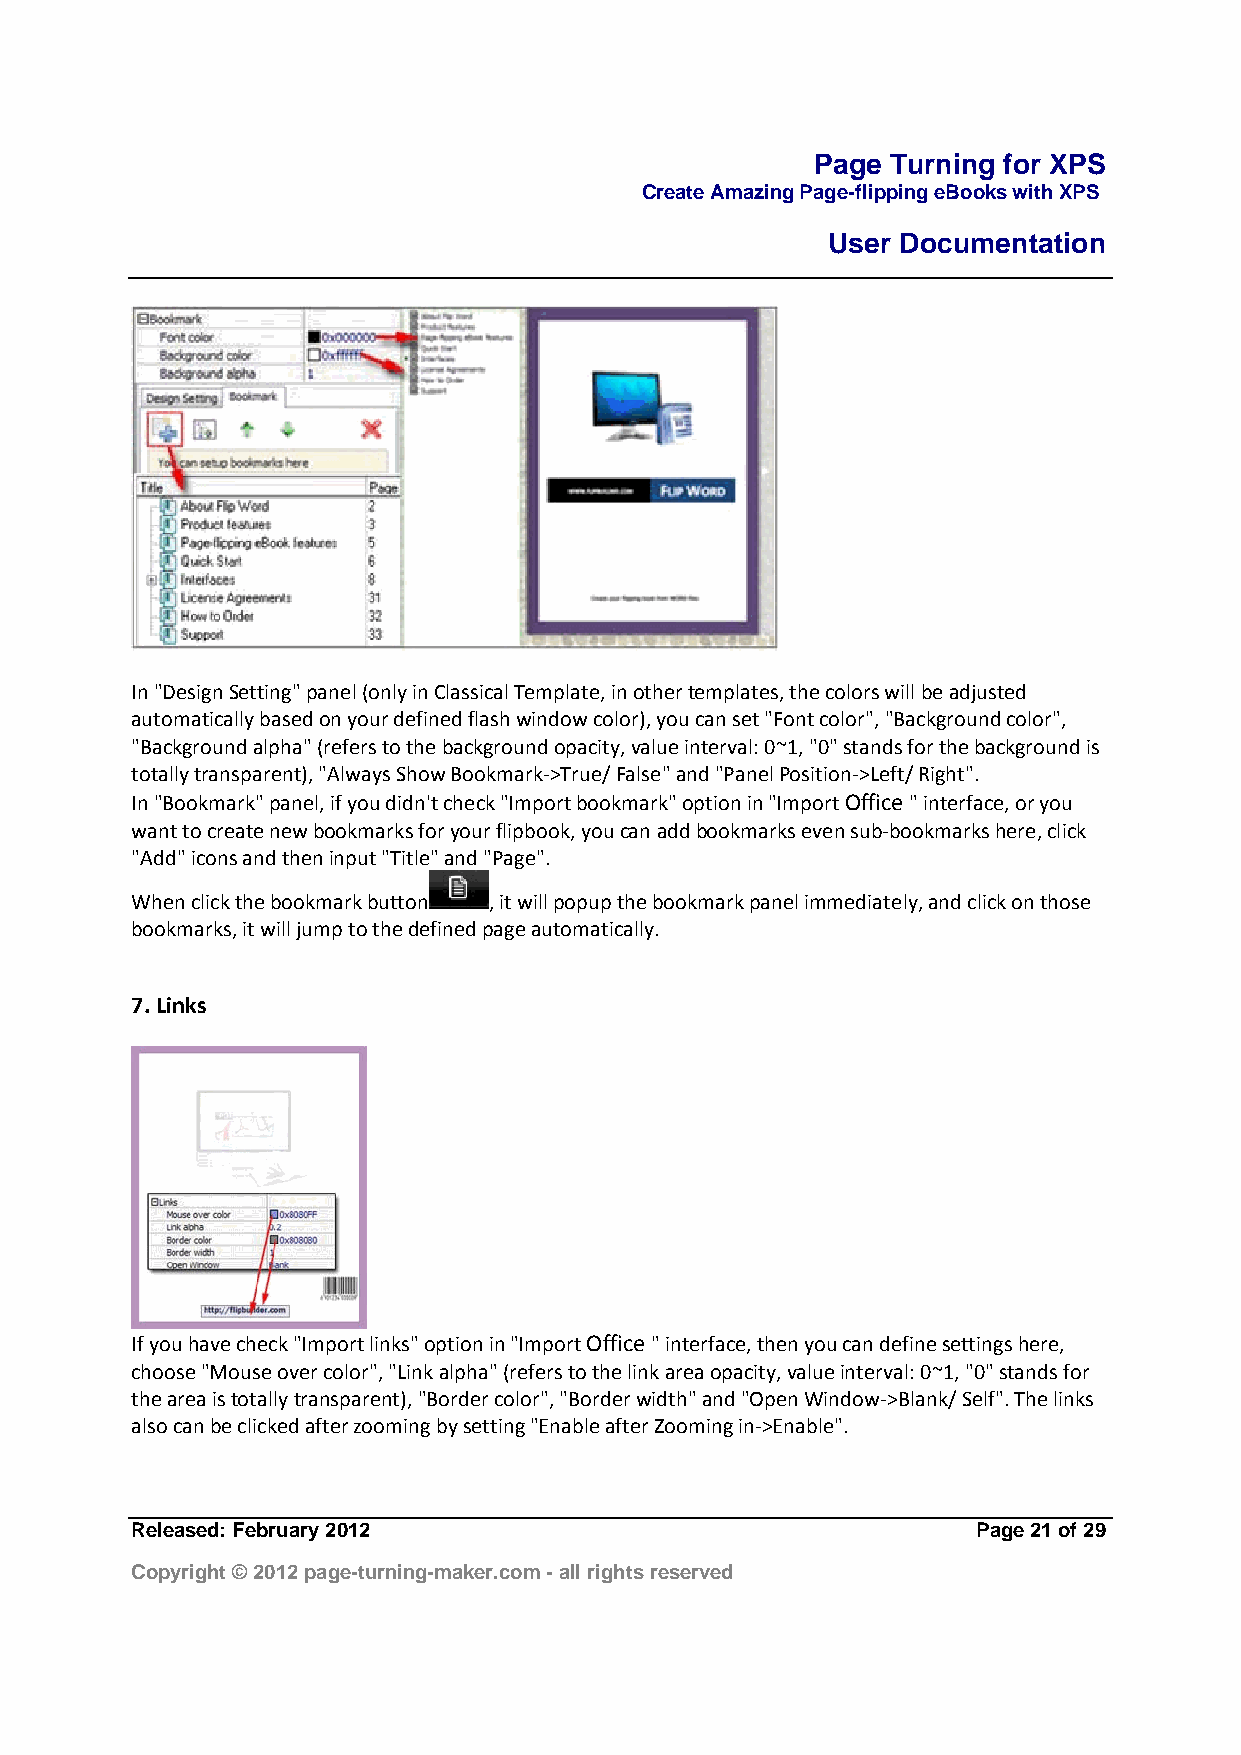
Page Turning for XPS
 Create Amazing Page-flipping eBooks with XPS
 User Documentation
 In "Design Setting" panel (only in Classical Template, in other templates, the colors will be adjusted
 automatically based on your defined flash window color), you can set "Font color", "Background color",
 "Background alpha" (refers to the background opacity, value interval: 0~1, "0" stands for the background is
 totally transparent), "Always Show Bookmark‐>True/ False" and "Panel Position‐>Left/ Right".
 In "Bookmark" panel, if you didn't check "Import bookmark" option in "Import Office " interface, or you
 want to create new bookmarks for your flipbook, you can add bookmarks even sub‐bookmarks here, click
 "Add" icons and then input "Title" and "Page".
 When click the bookmark button , it will popup the bookmark panel immediately, and click on those
 bookmarks, it will jump to the defined page automatically.
 7. Links
 If you have check "Import links" option in "Import Office " interface, then you can define settings here,
 choose "Mouse over color", "Link alpha" (refers to the link area opacity, value interval: 0~1, "0" stands for
 the area is totally transparent), "Border color", "Border width" and "Open Window‐>Blank/ Self". The links
 also can be clicked after zooming by setting "Enable after Zooming in‐>Enable".
 Released: February 2012                                 Page 21 of 29
 Copyright © 2012 page-turning-maker.com - all rights reserved